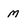
Character: m